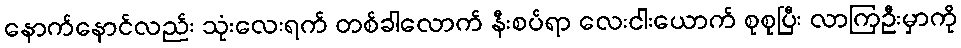
နောက်နောင်လည်း သုံးလေးရက် တစ်ခါလောက် နီးစပ်ရာ လေးငါးယောက် စုစုပြီး လာကြဦးမှာကို